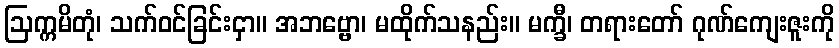
ဩက္ကမိတုံ၊ သက်ဝင်ခြင်းငှာ။ အဘဗ္ဗော၊ မထိုက်သနည်း။ မက္ခီ၊ တရားတော် ဂုဏ်ကျေးဇူးကို